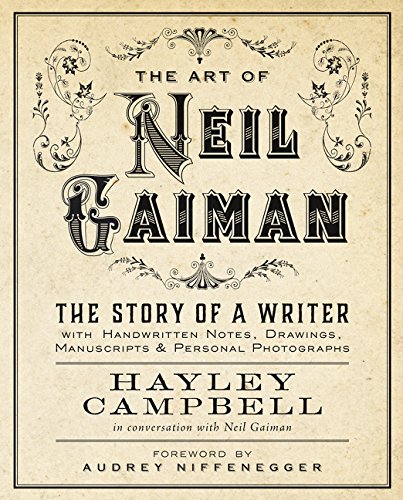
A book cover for Art of Neil Gaiman: The Story of a Writer with Handwritten Notes, Drawings, Manuscripts, and Personal Photographs; Hayley Campbell; Biographies & Memoirs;